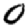
Digit: 0